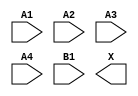
module sky130_fd_sc_ls__a41o (
    //# {{data|Data Signals}}
    input  A1,
    input  A2,
    input  A3,
    input  A4,
    input  B1,
    output X
);

    // Voltage supply signals
    supply1 VPWR;
    supply0 VGND;
    supply1 VPB ;
    supply0 VNB ;

endmodule